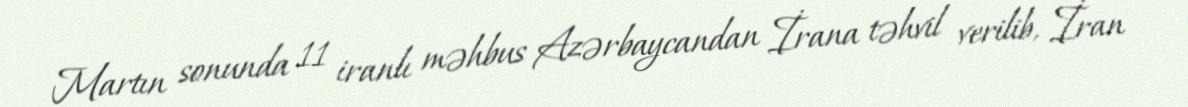
Martın sonunda 11 iranlı məhbus Azərbaycandan İrana təhvil verilib, İran